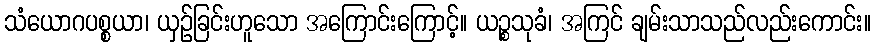
သံယောဂပစ္စယာ၊ ယှဉ်ခြင်းဟူသော အကြောင်းကြောင့်။ ယဉ္စသုခံ၊ အကြင် ချမ်းသာသည်လည်းကောင်း။